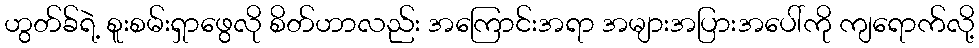
ဟွတ်ခ်ရဲ့ စူးစမ်းရှာဖွေလို စိတ်ဟာလည်း အကြောင်းအရာ အများအပြားအပေါ်ကို ကျရောက်လို့